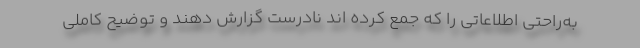
به‌راحتی اطلاعاتی را که جمع کرده اند نادرست گزارش دهند و توضیح کاملی